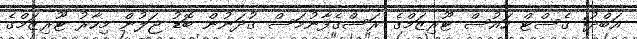
އަބްދު: ގެސްޓް ހައުސް ޓޫރިޒަމްގެ ރަސްގެފާނުމަސް ގުދަނުން ބޮޑު ޖަލުން މިހާރު ޓޫރިޒަމްގެ